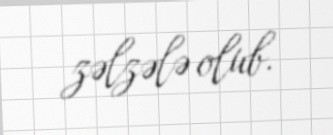
zəlzələ olub.